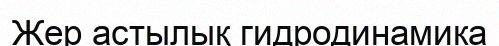
Жер астылық гидродинамика